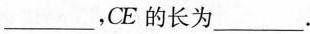
___，CE的长为___.